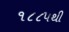
૧૮૮૫થી